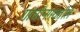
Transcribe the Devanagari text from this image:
गांधीनगरातील